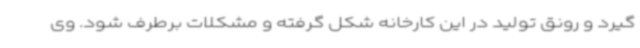
گیرد و رونق تولید در این کارخانه شکل گرفته و مشکلات برطرف شود. وی